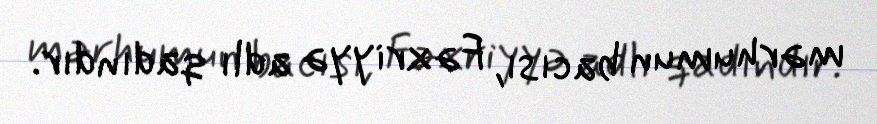
mərhumun bacısı, Fəxriyyə adlı qadındır.